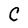
Character: C